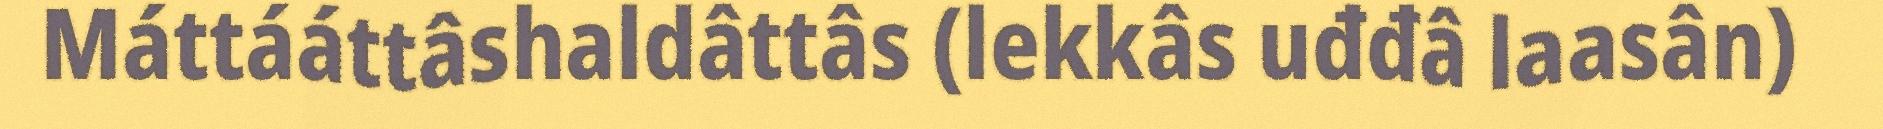
Máttááttâshaldâttâs (lekkâs uđđâ laasân)